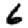
Digit: 6